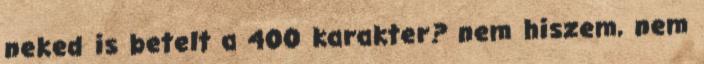
neked is betelt a 400 karakter? nem hiszem, nem